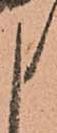
申